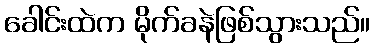
ခေါင်းထဲက မိုက်ခနဲဖြစ်သွားသည်။